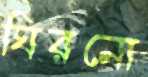
ঘিরনো